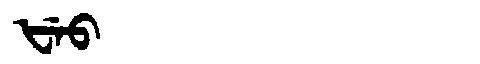
Manchu: ᡶᡝᠣ
Romanization: FEO